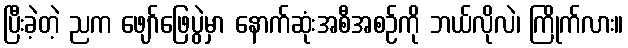
ပြီးခဲ့တဲ့ ညက ဖျော်ဖြေပွဲမှာ နောက်ဆုံးအစီအစဉ်ကို ဘယ်လိုလဲ၊ ကြိုက်လား။